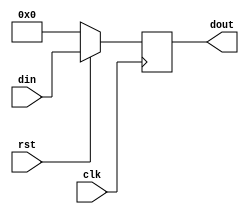
/* 
Single cycle RISC-V CPU (RV32I)
Author: Mehran Goli
Version: 1.0
Date: 01-10-2020
*/

`timescale 1ns/1ns
	
module PC #(parameter n = 32) 
	(input clk, rst,
	 input [n-1:0] din,
	 output reg [n-1:0] dout);

	always @ (posedge clk) begin
      if (!rst)
			dout <= {n{1'b0}};	
		else
			dout <= din;
	end

endmodule